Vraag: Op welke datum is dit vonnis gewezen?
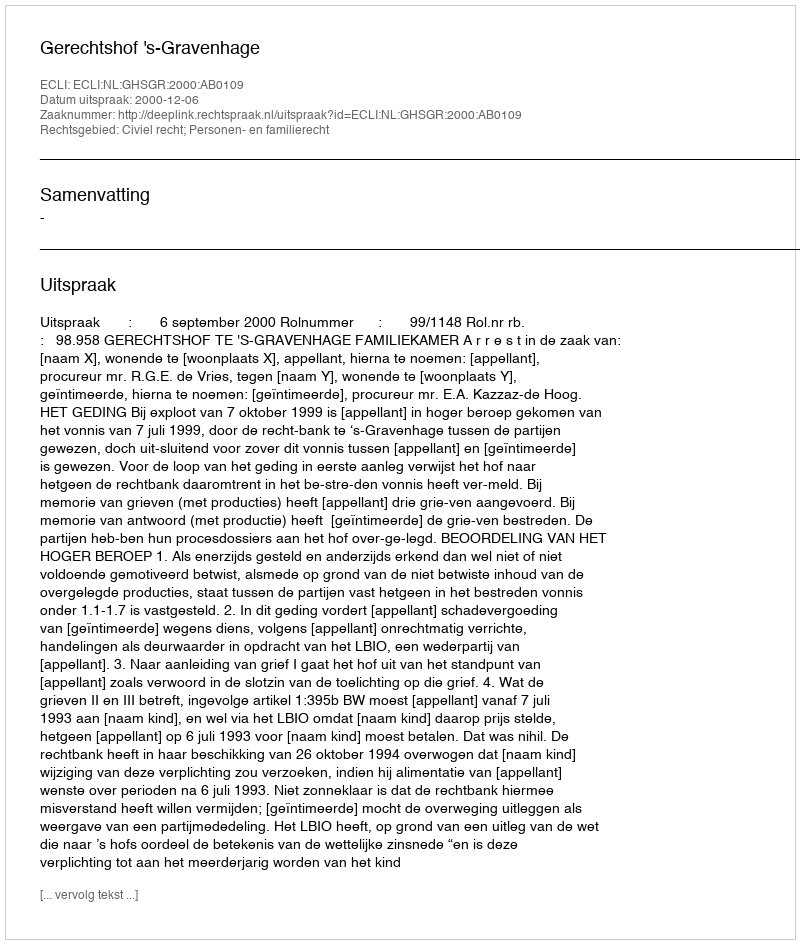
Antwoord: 2000-12-06